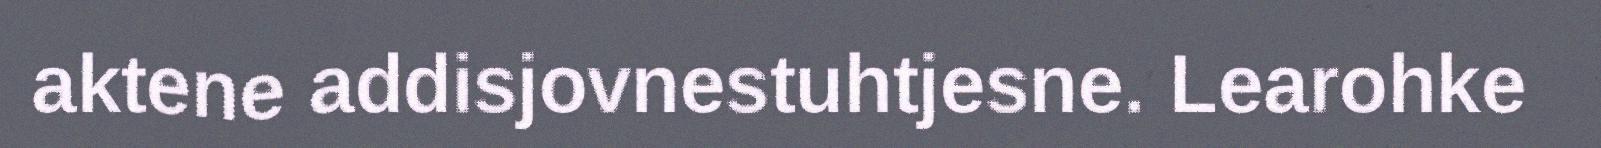
aktene addisjovnestuhtjesne. Learohke